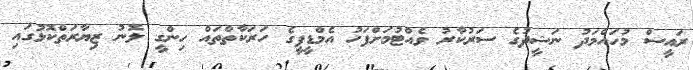
ރައީސް މުހައްމަދު ނަޝީދުގެ ސަރުކާރު ވެއްޓުމަށްފަހު އެމްޑީޕީގެ ހަރަކާތްތައް ހިންގީ ލޮނު ޒިޔާރަތްކޮޅުގައި